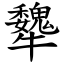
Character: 犩